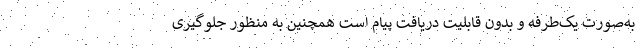
به‌صورت یک‌طرفه و بدون قابلیت دریافت پیام است همچنین به منظور جلوگیری